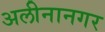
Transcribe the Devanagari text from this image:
अलीनानगर